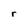
Character: r